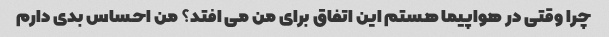
چرا وقتی در هواپیما هستم این اتفاق برای من می افتد؟ من احساس بدی دارم